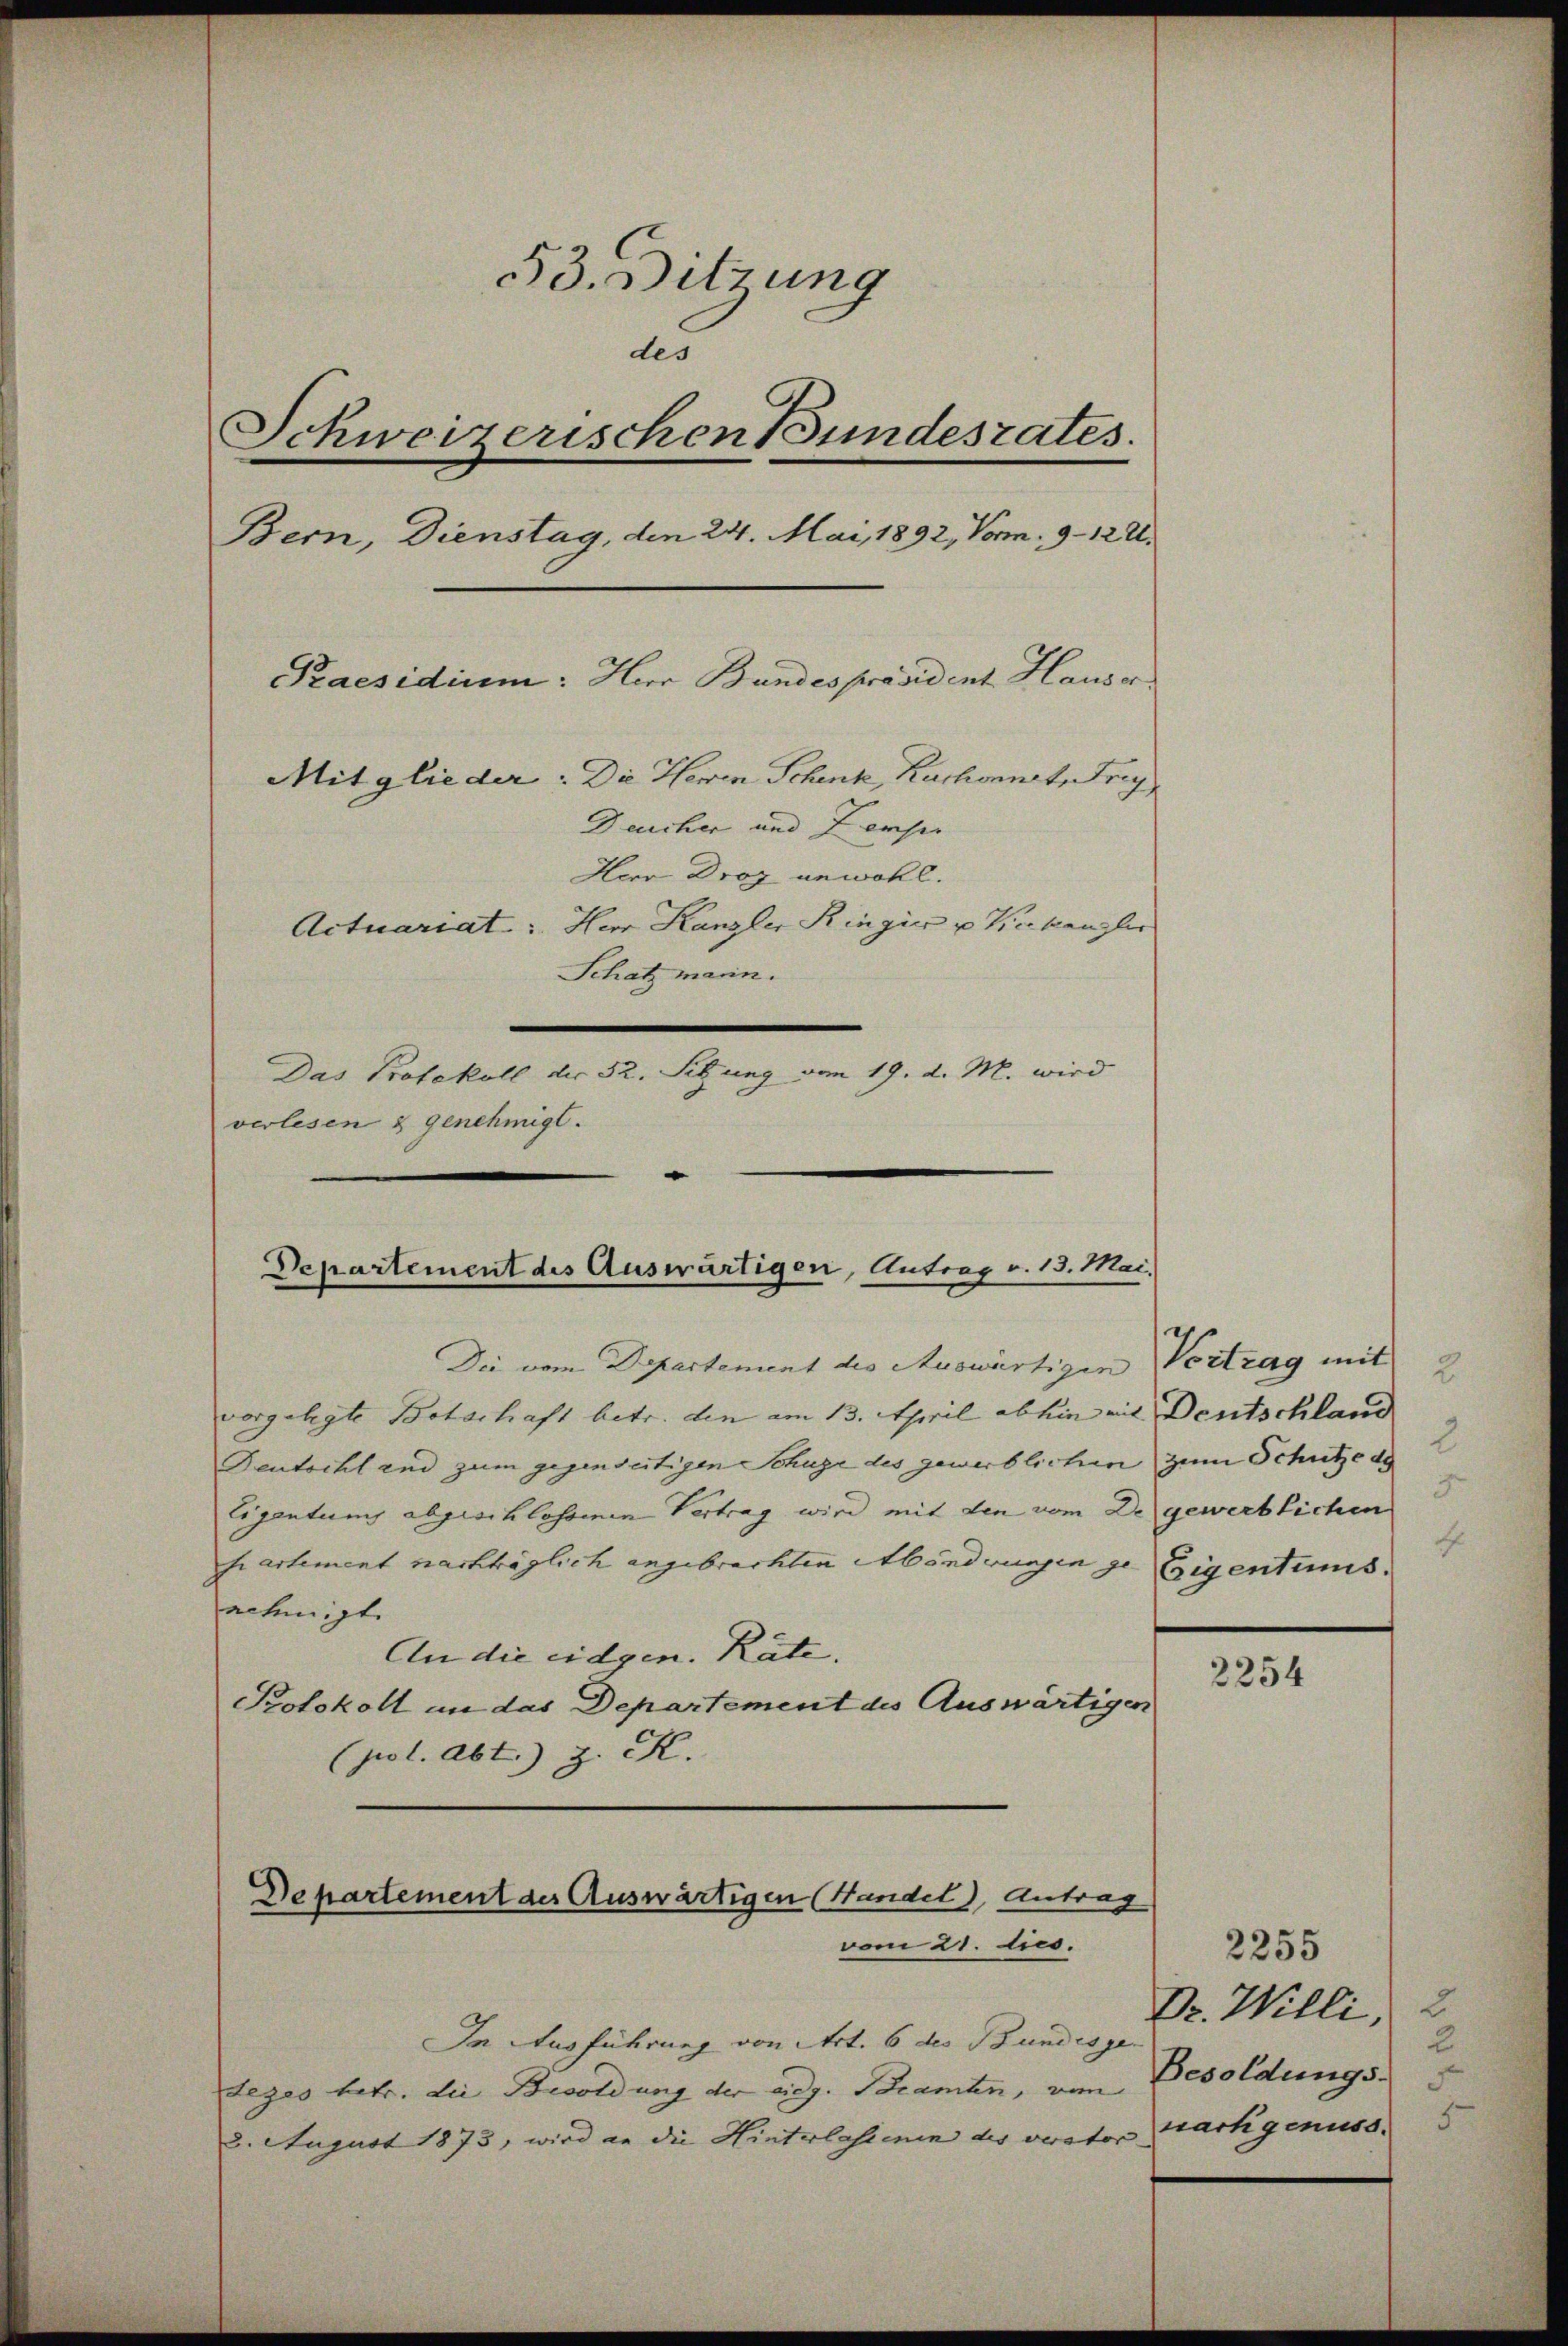
53. Sitzung
des
Schweizerischen Bundesrates.
Bern, Dienstag, den 24. Mai 1892, Von 9-122.
Praesidium: Herr Bundespräsident Hause
Mitglieder: Die Herrn Schenk, Ruchonnet, Frey
Deucher und Perse
Herr Drog unwohl.
Actuariat. Herr Kanzler Ringia u Verkanzler
Schatz marin.
Das Protokoll der 32. Setzung vom 19. d. M. wird

verlesen & genehmigt.

Departement des Auswärtigen, Antrag v. 13. Mai.

Die vom Departement des Auswärtigen Vertrag mit 2
vorgelegte Botschaft betr. den am 13. April abhin mit Deutschland
Deutscht und zum gegenseitigen Schuze des gewerblichen zum Schutze de
Eigentum abgeschlossenen Vertrag wird mit den vom De gewerblichen
hartement nachträglich angebrachten Abänderungen ge Eigentums.
echinigt.
An die eidgen. Räte.
Protokoll an das Departement des Auswärtigen
(pol. Abt.) z. K.

Departement der Auswärtigen (Handel, Antrag
vom 21. Aus

In Ausführung von Art. 6 des Bundesge
Lezes betr. die Besoldung der eidg. Beamten, vom
3. August 1873, wird an die Hinterlassenen des verstor- |

3

2254

2255
2
Dr. Willi,
2
Besoldungs-
nachgenuss.